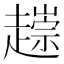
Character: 𧽧